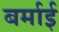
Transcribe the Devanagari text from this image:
बर्माई